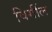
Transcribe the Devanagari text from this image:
विर्गील